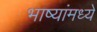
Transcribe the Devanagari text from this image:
भाष्यांमध्ये